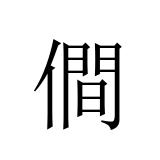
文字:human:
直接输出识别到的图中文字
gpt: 僴